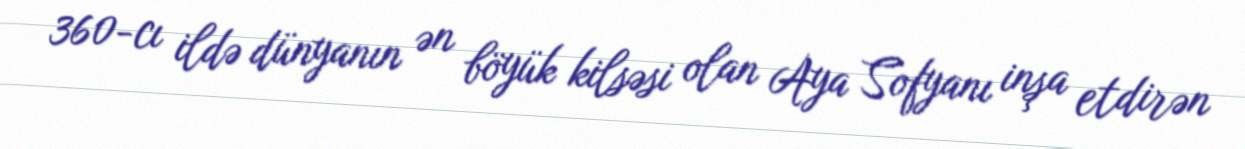
360-cı ildə dünyanın ən böyük kilsəsi olan Aya Sofyanı inşa etdirən